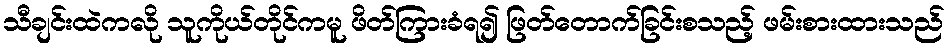
သီချင်းထဲကလို သူကိုယ်တိုင်ကမူ ဖိတ်ကြားခံရ၍ ဖြတ်တောက်ခြင်းစသည့် ဖမ်းစားထားသည်